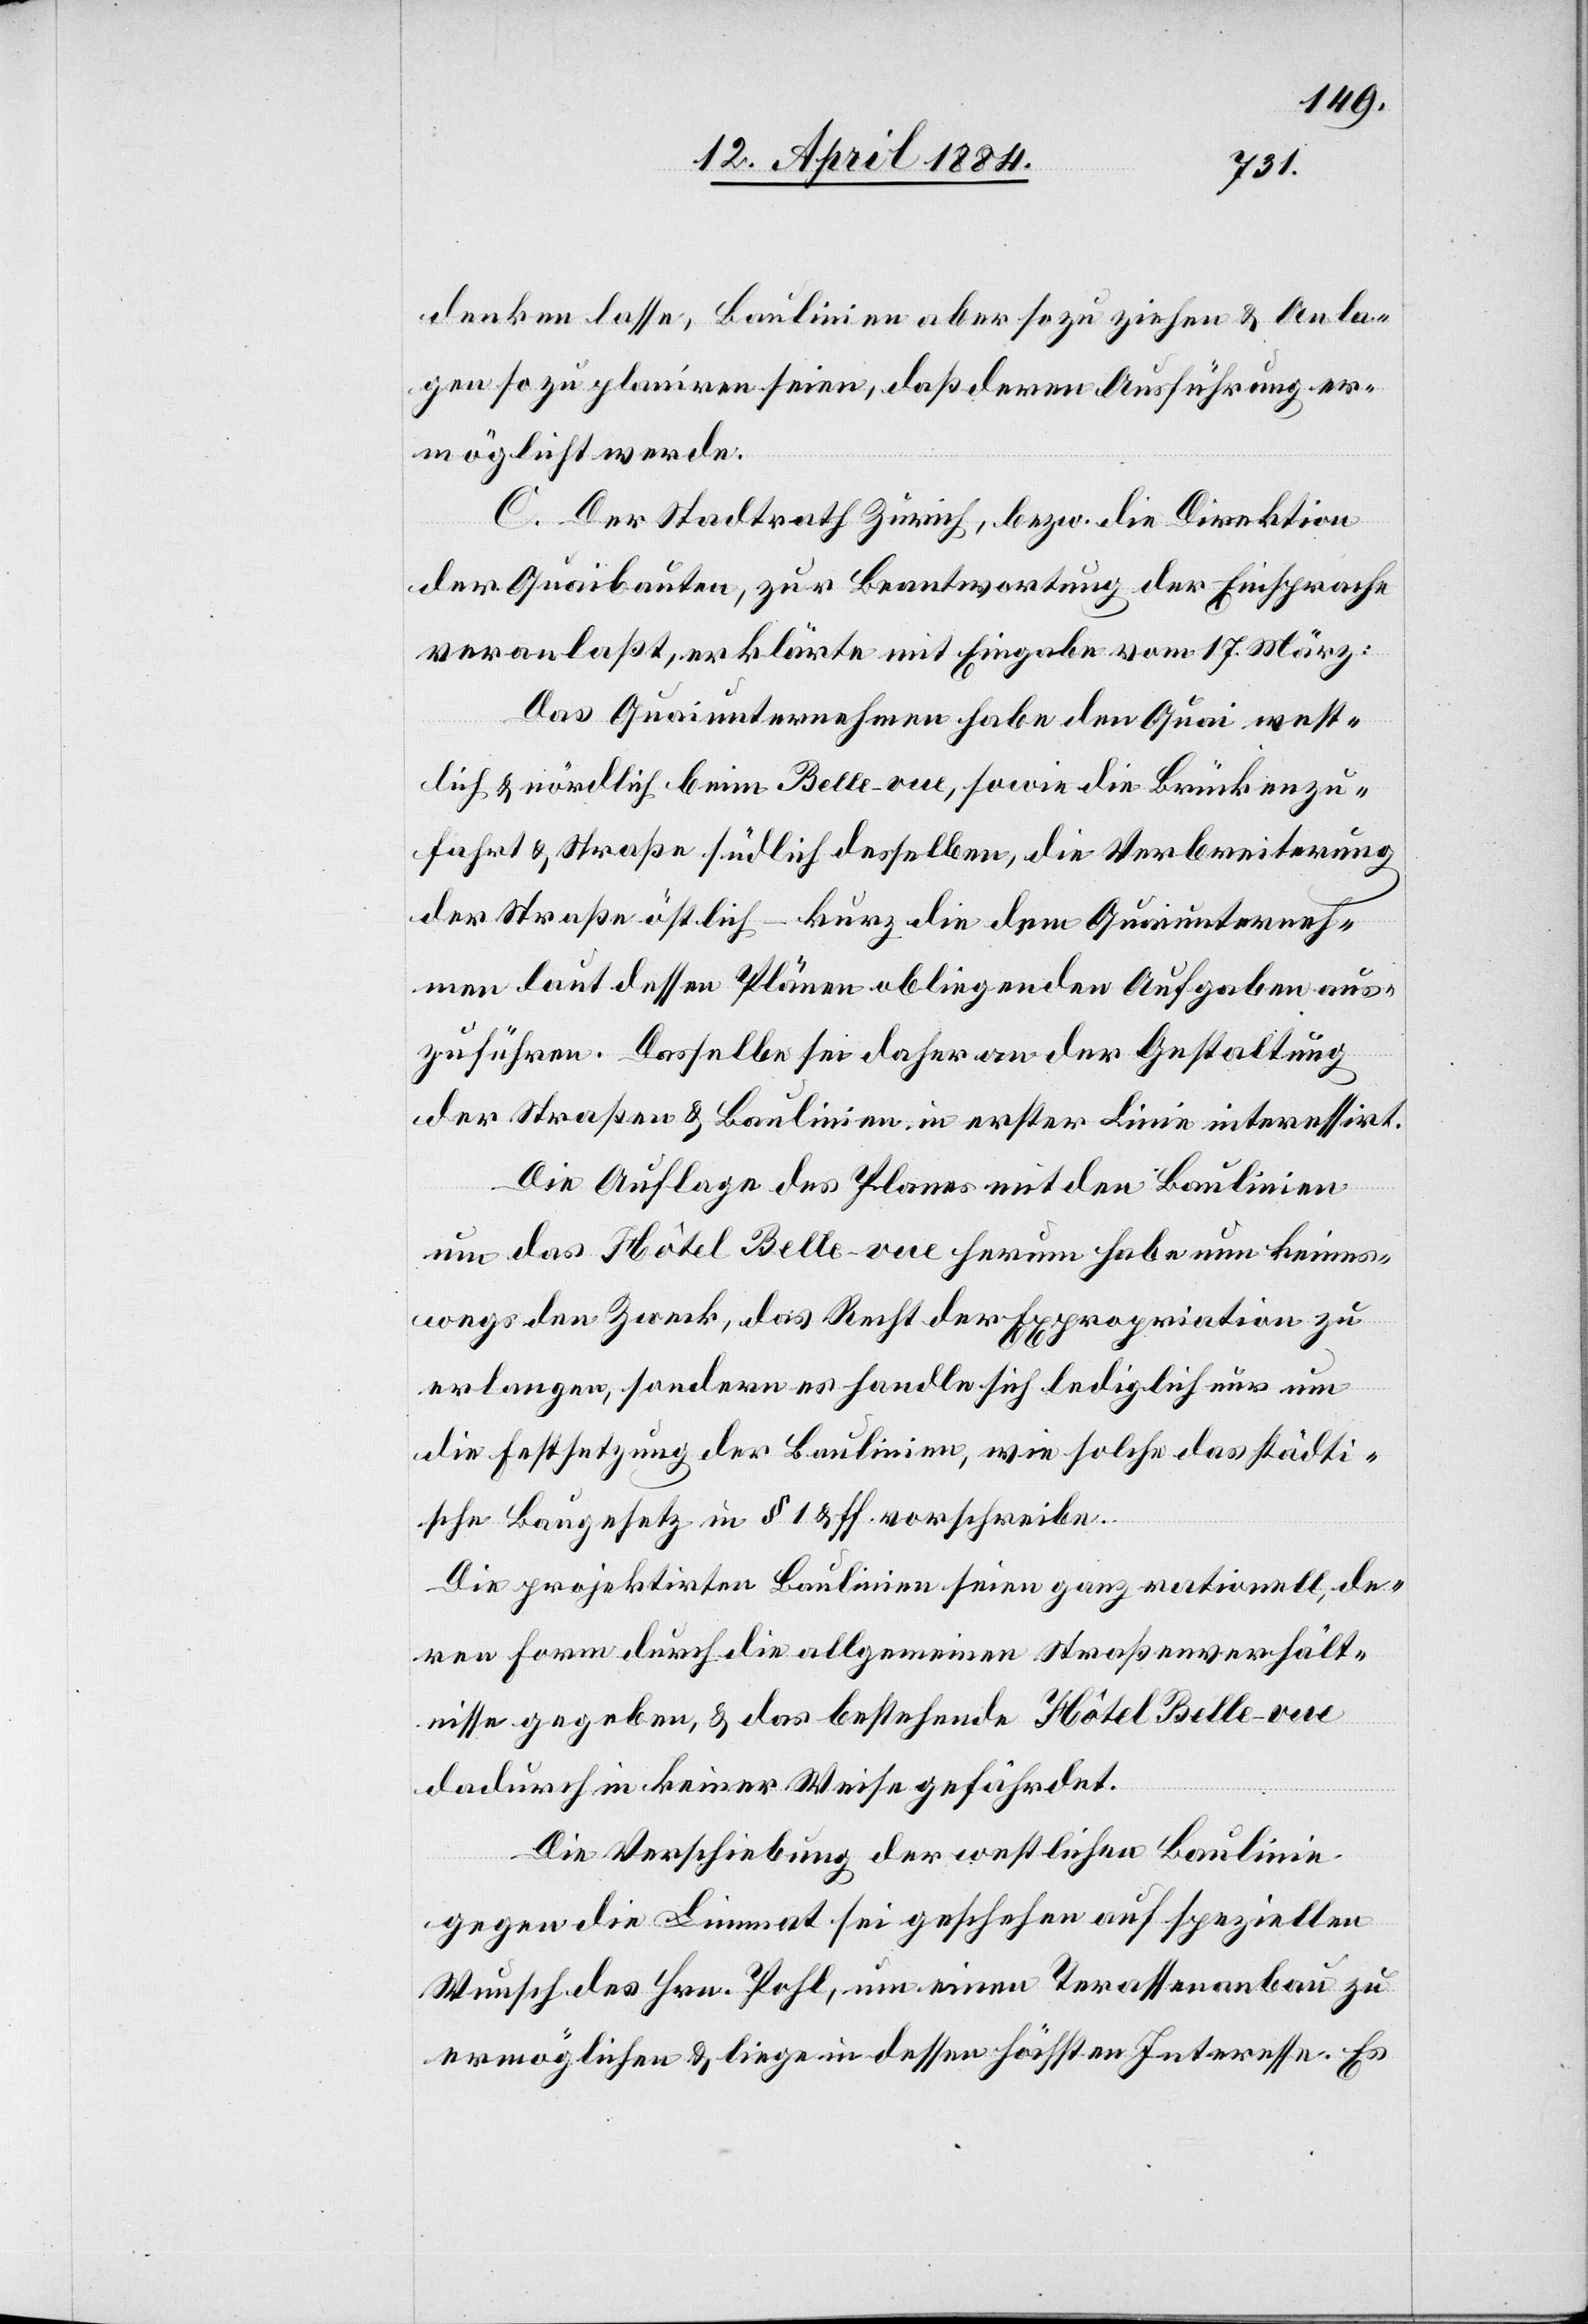
denken lasse, Baulinien aber so zu ziehen & Anla¬
gen so zu planiren seien, daß deren Ausführung er¬
möglicht werde.
C. Der Stadtrath Zürich, bezw. die Direktion
der Quaibauten, zur Beantwortung der Einsprache
veranlaßt, erklärte mit Eingabe vom 17. März:
Das Quaiunternehmen habe den Quai west¬
lich & nördlich beim Belle-vue, sowie die Brückenzu¬
fahrt & Straße südlich desselben, die Verbreiterung
der Straße östlich – kurz die dem Quaiunterneh¬
men laut dessen Plänen obliegenden Aufgaben aus¬
zuführen. Dasselbe sei daher an der Gestaltung
der Straßen & Baulinien in erster Linie interessirt.
Die Auflage des Planes mit den Baulinien
um das Hotel Belle-vue herum habe um keines¬
wegs den Zweck, das Recht der Expropriation zu
erlangen, sondern es handle sich lediglich nur um
die Festsetzung der Baulinien, wie solche das städti¬
sche Baugesetz in § 1 & ff. vorschreiben.
Die projektiren Baulinien seien ganz rationell, de¬
ren Form durch die allgemeinen Straßenverhält¬
nisse gegeben, & das bestehende Hotel Belle-vue
dadurch in keiner Weise gefährdet.
Die Verschiebung der westlichen Baulinie
gegen die Limmat sei geschehen auf speziellen
Wunsch des Hrn. Pohl, um einen Terrassenbau zu
ermöglichen & liege in dessen höchsten Interesse. Er